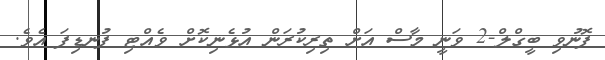
ފޮނުވި ބީގްލް-2 ވަނީ މާސް އަށް ތިރިކުރަން އުޅެނިކޮށް ވެއްޓި ފުނޑިފަ އެވެ.